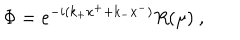
LaTeX: \Phi = e ^ { - i ( k _ { + } x ^ { + } + k _ { - } x ^ { - } ) } R ( \mu ) \ ,